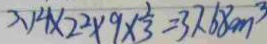
3 . 1 4 \times 2 ^ { 2 } \times 9 \times \frac { 1 } { 3 } = 3 7 . 6 8 c m ^ { 3 }